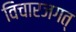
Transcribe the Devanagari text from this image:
विचारजगत्